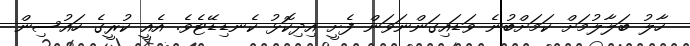
ހާލު ބަލާލުމަށް ކަމަށްބުނެ ވަޑައިގަންނަވަން ފެށީ އިދިކޮޅު ކެނޑިޑޭޓެވެ. އެއީ ކުރީގެ ހައުސިން